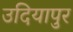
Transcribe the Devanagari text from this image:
उदियापुर